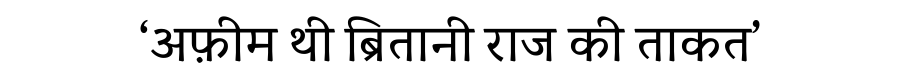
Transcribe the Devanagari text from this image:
‘अफ़ीम थी ब्रितानी राज की ताकत’